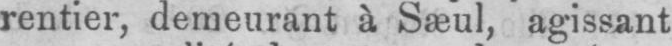
rentier, demeurant à Sæul, agissant